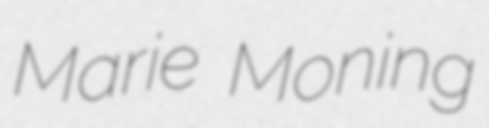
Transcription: Marie Moning